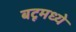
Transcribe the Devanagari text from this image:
बटूमध्ये